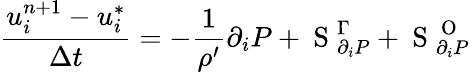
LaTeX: \frac{u_{i}^{n+1}-u_{i}^{*}}{\Delta t}=-\frac{1}{\rho^{\prime}}\partial_{i}P+\mathrm{~S~}_{\partial_{i}P}^{\Gamma}+\mathrm{~S~}_{\partial_{i}P}^{\mathrm{~O~}}